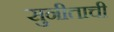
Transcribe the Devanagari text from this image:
सुनीताची